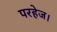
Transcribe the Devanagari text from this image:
परहेज।